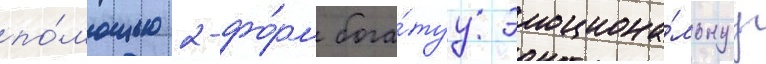
по́мощью 2-фо́рм бога́туу эмоциона́льнуу